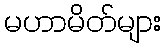
မဟာမိတ်များ